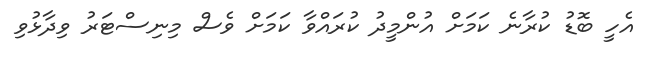
އެހީ ބޮޑު ކުރާނެ ކަމަށް އުންމީދު ކުރައްވާ ކަމަށް ވެސް މިނިސްޓަރު ވިދާޅުވި